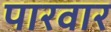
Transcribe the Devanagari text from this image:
पारवार